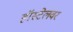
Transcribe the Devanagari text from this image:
हॉस्टेलवर